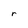
Character: r